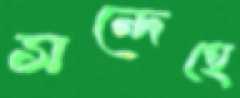
সন্দেহে